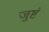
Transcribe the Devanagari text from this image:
जुष्टं